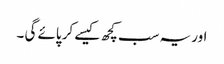
اور یہ سب کچھ کیسے کر پائے گی ۔